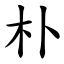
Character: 朴